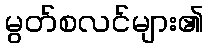
မွတ်စလင်များ၏